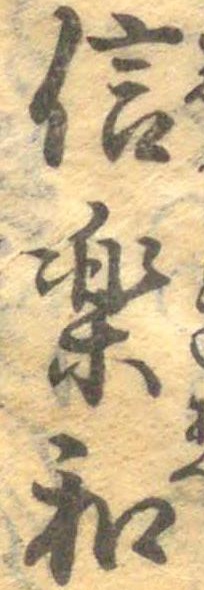
信楽和